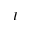
I